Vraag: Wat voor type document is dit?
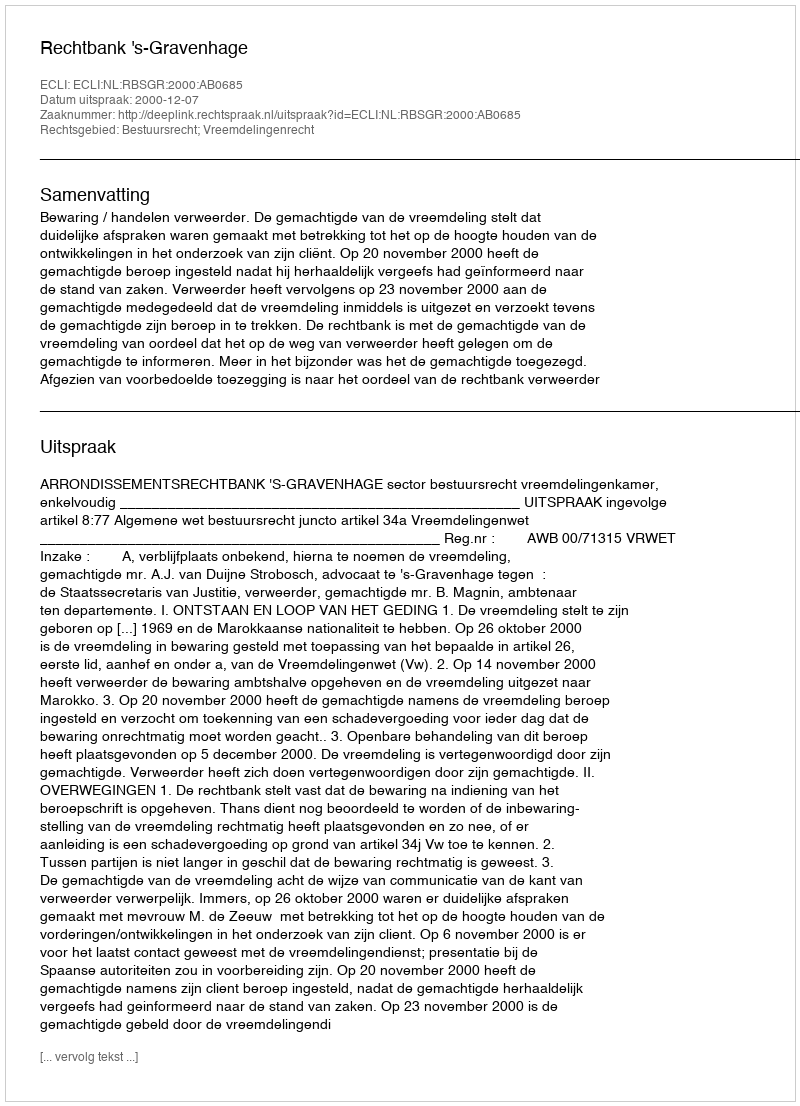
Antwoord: Uitspraak